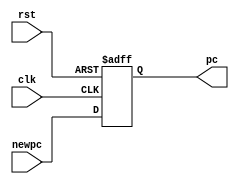
module update_pc(rst, clk, newpc, pc);	// To update the pc
input rst, clk;
input[31:0] newpc;
output reg [31:0] pc;

always@(negedge rst or posedge clk)
begin
if (!rst)
	pc <= 0;
else
	pc <= newpc;
end

endmodule